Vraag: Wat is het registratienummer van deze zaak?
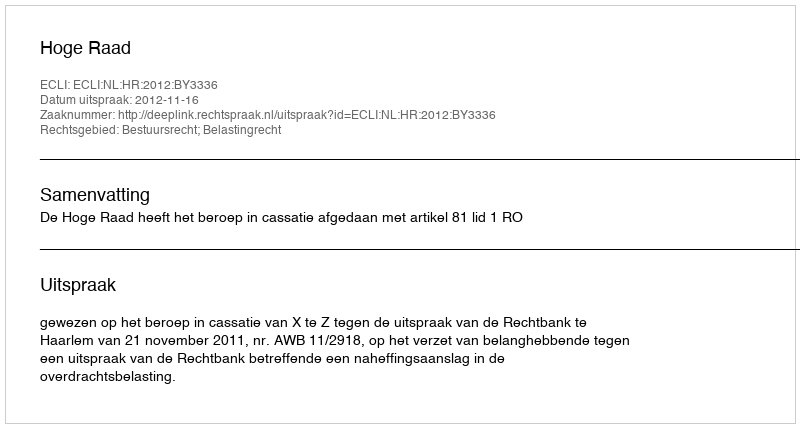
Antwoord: http://deeplink.rechtspraak.nl/uitspraak?id=ECLI:NL:HR:2012:BY3336